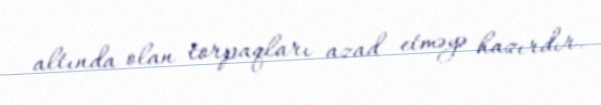
altında olan torpaqları azad etməyə hazırdır.